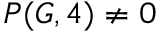
P ( G , 4 ) \neq 0